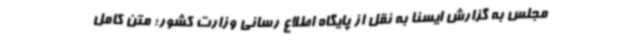
مجلس به گزارش ایسنا به نقل از پایگاه اطلاع رسانی وزارت کشور؛ متن کامل